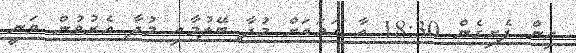
އިން ފެށިގެން 18:30 އާ ހަމައަށް މުދާ ބޭލުމާއި މުދާ އެރުވުން ވަނީ